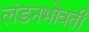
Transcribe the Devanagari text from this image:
लंडनभोवती